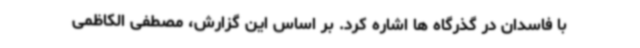
با فاسدان در گذرگاه ها اشاره کرد. بر اساس این گزارش، مصطفی الکاظمی